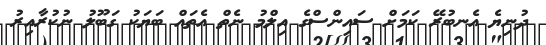
ދުނިޔެ އެނބުރޭ ކަމަށް ސައިންސްގެ އިލްމު ނެތް އެތައް ބަޔަކު ގަބޫލު ނުކުރާއިރު